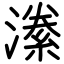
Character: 潫